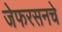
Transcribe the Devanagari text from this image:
जेफरसनचे